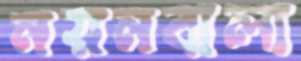
নয়নবালা